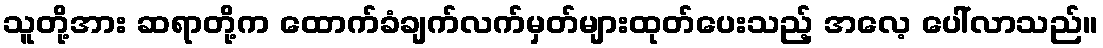
သူတို့အား ဆရာတို့က ထောက်ခံချက်လက်မှတ်များထုတ်ပေးသည့် အလေ့ ပေါ်လာသည်။